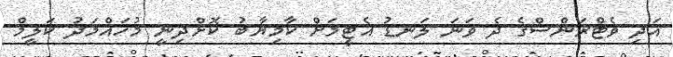
އަދި ވެޓްރަންސްގެ ދެ ވަނަ ލަނޑު އެޓީމަށް ކާމިޔާބު ކޮށްދިނީ މުހައްމަދު ކަލީމް